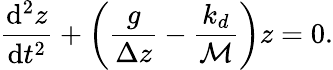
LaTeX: \frac{\mathrm{d}^{2}z}{\mathrm{d}t^{2}}+\left(\frac{g}{\Delta z}-\frac{k_{d}}{\mathcal{M}}\right)z=0.